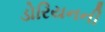
ડોરિયનની